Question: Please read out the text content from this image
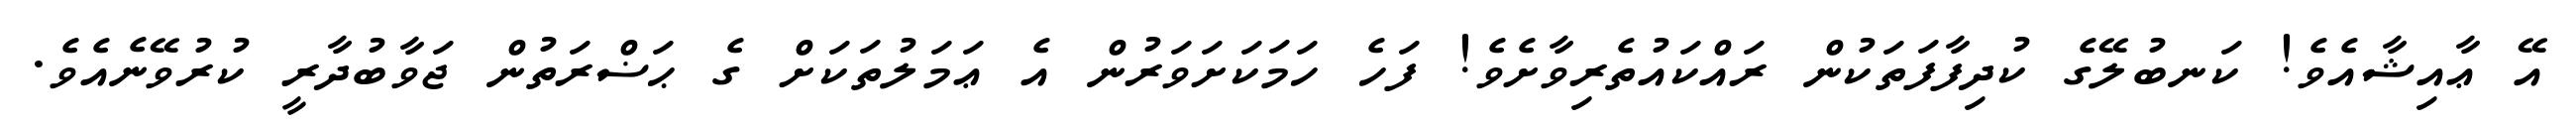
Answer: އޭ ޢާއިޝާއެވެ! ކަނބުލޭގެ ކުދިފާފަތަކުން ރައްކައުތެރިވާށެވެ! ފަހެ ހަމަކަށަވަރުން އެ ޢަމަލުތަކަށް ގެ ޙަޟްރަތުން ޖަވާބުދާރީ ކުރުވޭނެއެވެ.